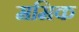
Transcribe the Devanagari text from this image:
ममिक